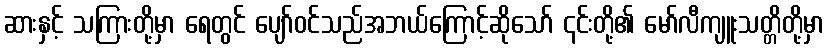
ဆားနှင့် သကြားတို့မှာ ရေတွင် ပျော်ဝင်သည်အဘယ်ကြောင့်ဆိုသော် ၎င်းတို့၏ မော်လီကျူးသတ္တိတို့မှာ